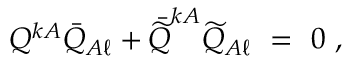
Q ^ { k A } \bar { Q } _ { A \ell } + \bar { \widetilde Q } ^ { k A } \widetilde Q _ { A \ell } \ = \ 0 \ ,